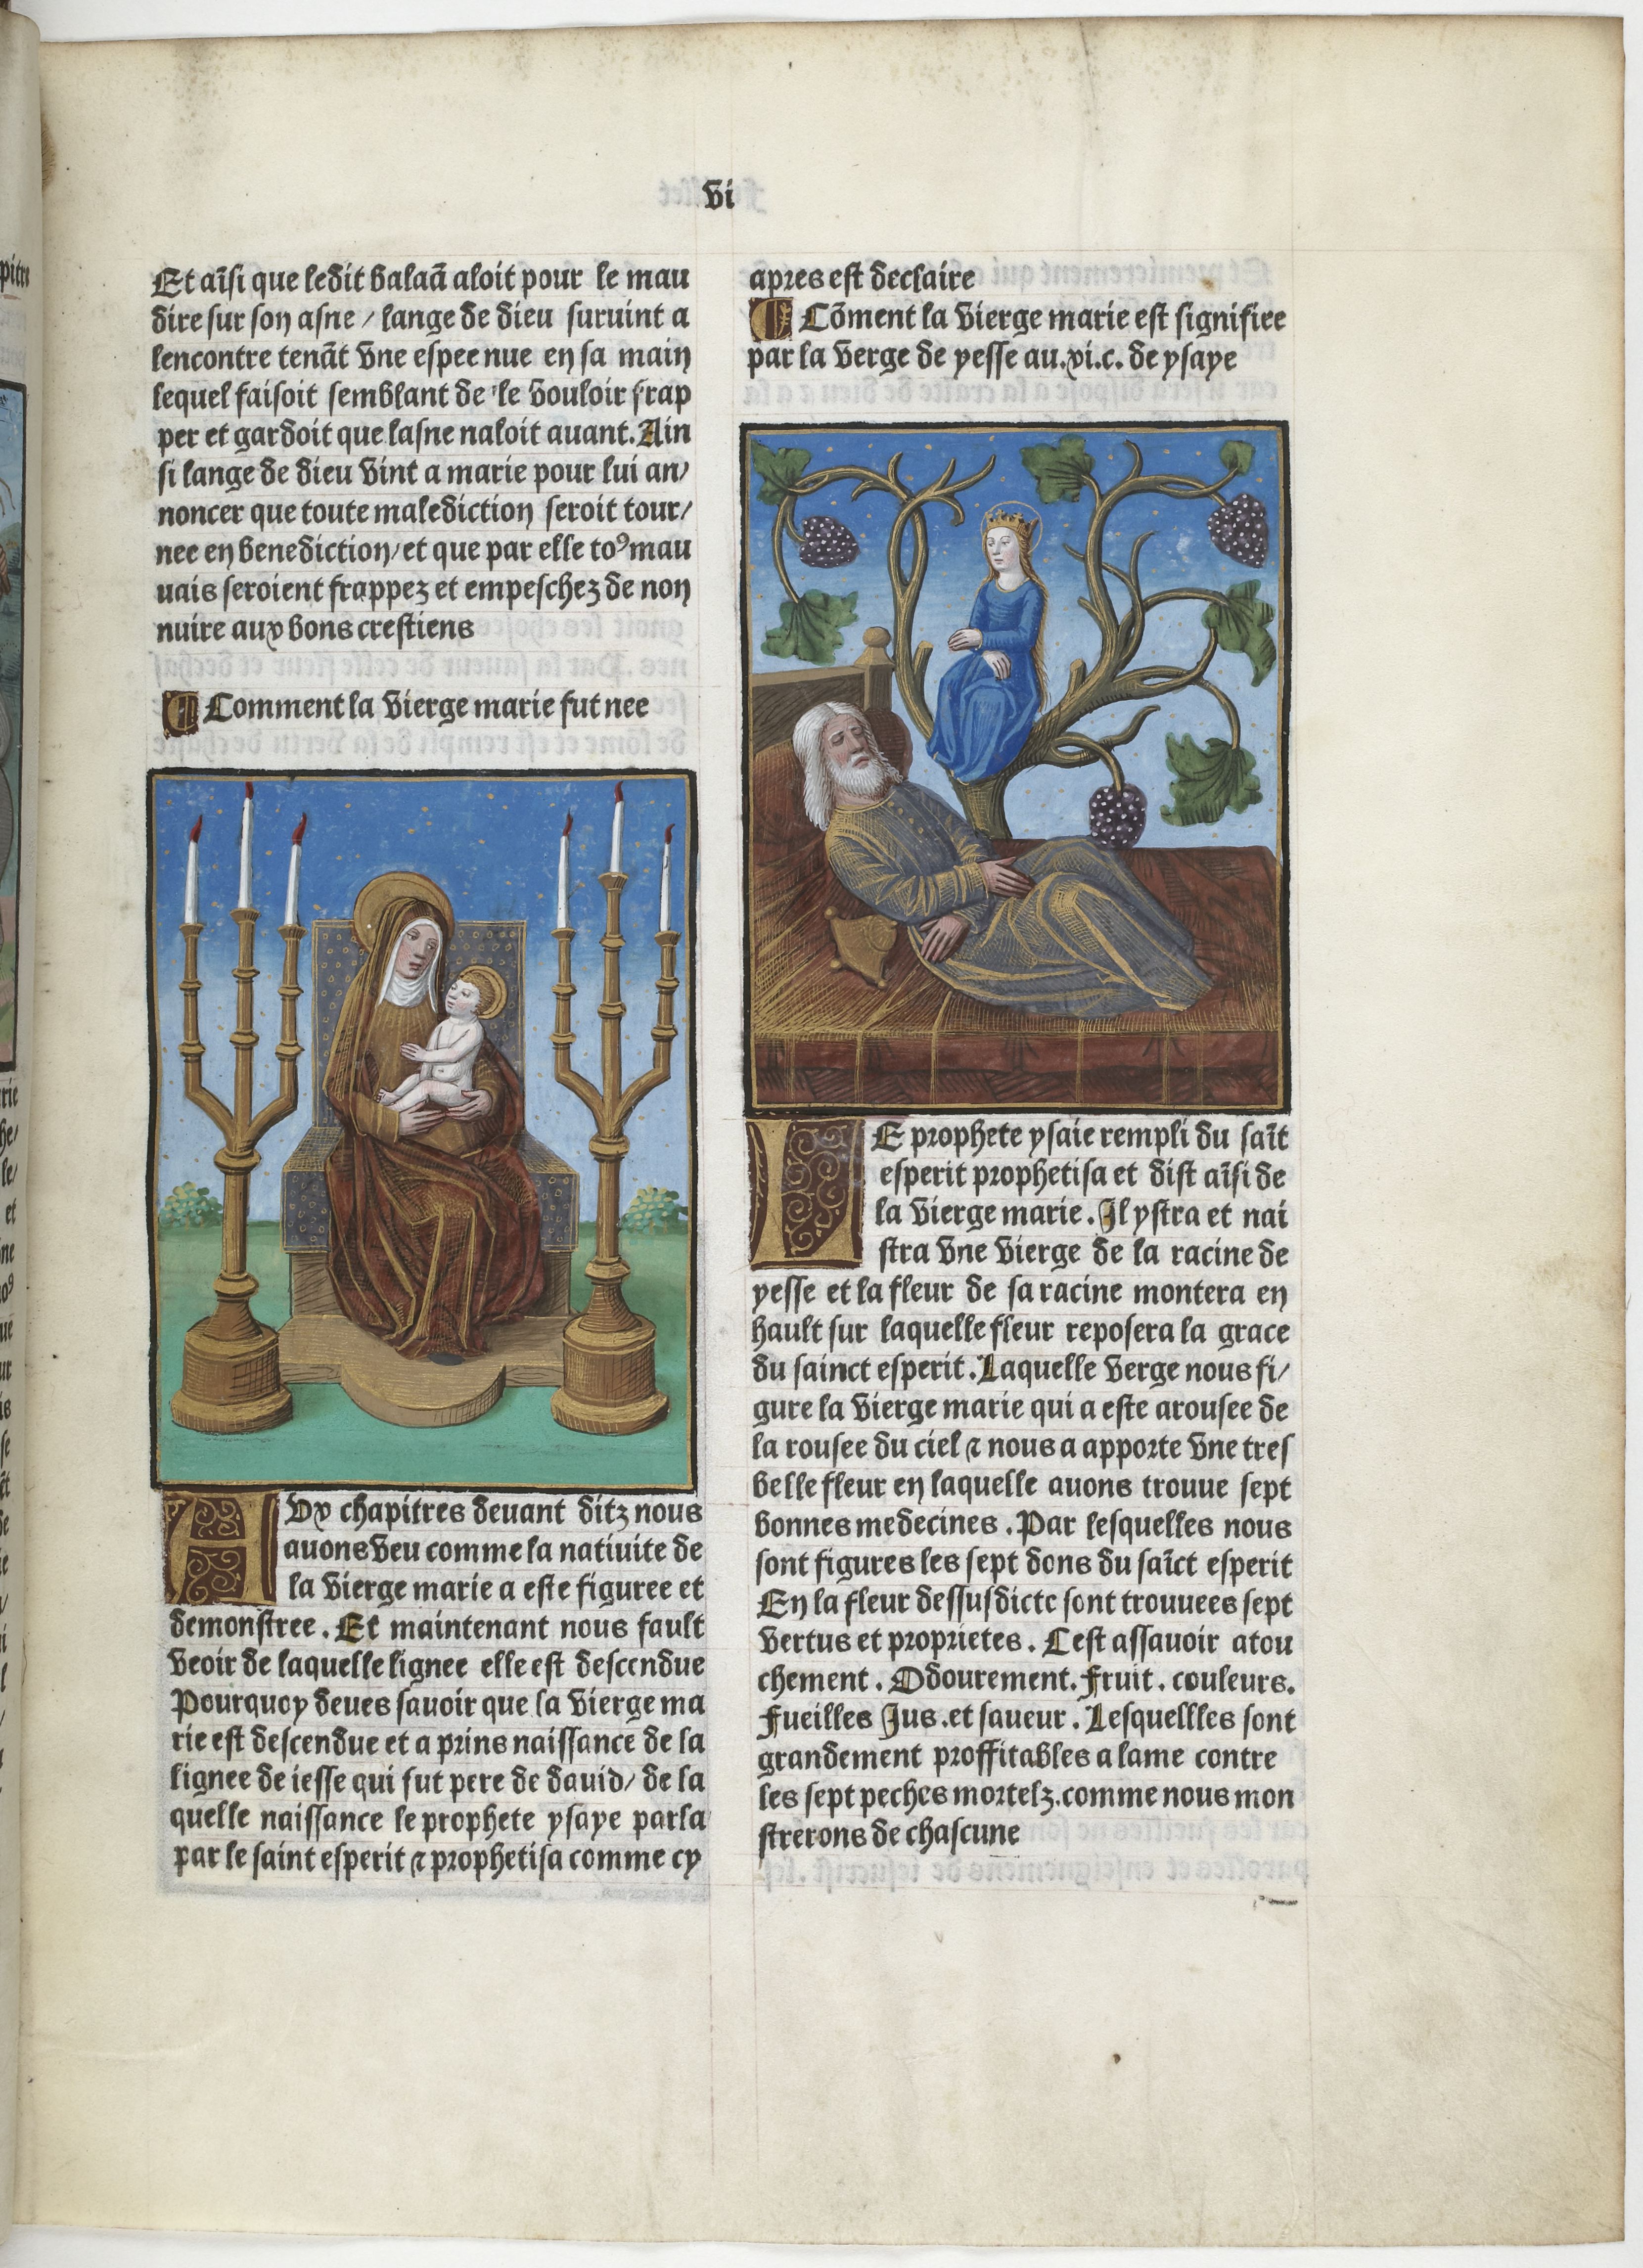
Shelfmark: Paris, BnF, Velins 906
Century: 15